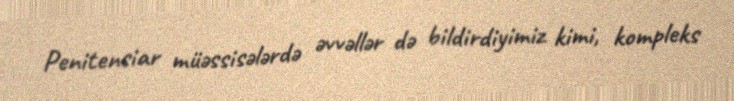
Penitensiar müəssisələrdə əvvəllər də bildirdiyimiz kimi, kompleks